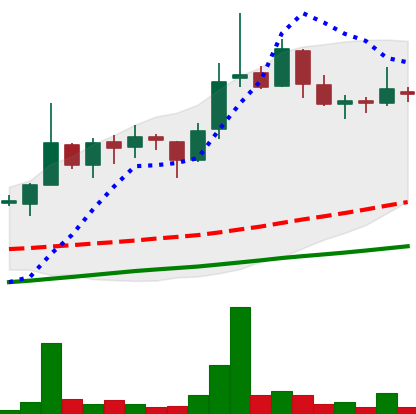
Ticker: LINK-USD
Chart end date: 2018-11-09
Forward return: 11.242%
Label: up_7plus